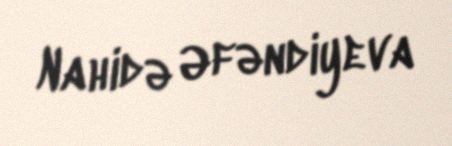
Nahidə Əfəndiyeva